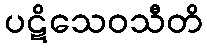
ပဋိသေဝသီတိ